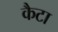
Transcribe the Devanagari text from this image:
कैटा